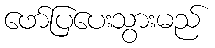
ဖော်ပြပေးသွားမည်